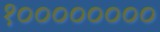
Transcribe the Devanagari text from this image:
१००००००००